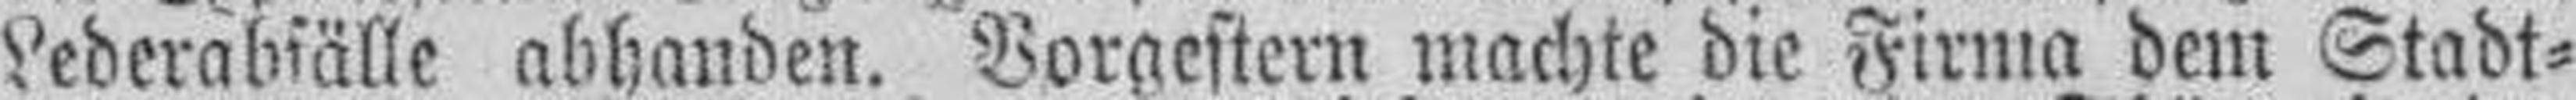
Lederabfälle abhanden. Vorgestern machte die Firma dem Stadt¬